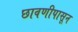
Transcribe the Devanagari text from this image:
छावणीपासून